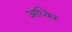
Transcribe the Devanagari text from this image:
अध्किर